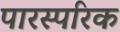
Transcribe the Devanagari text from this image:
पारस्‍परिक